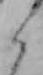
ら